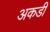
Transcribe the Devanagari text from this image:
अकडी